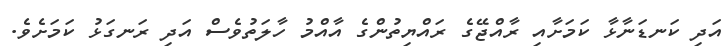
އަދި ކަނޑަނާޅާ ކަމަށާއި ރާއްޖޭގެ ރައްޔިތުންގެ އާއްމު ހާލަތުވެސް އަދި ރަނގަޅު ކަމަށެވެ.